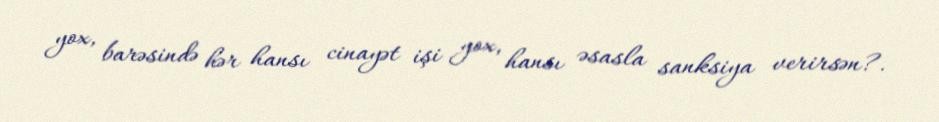
yox, barəsində hər hansı cinayət işi yox, hansı əsasla sanksiya verirsən?.